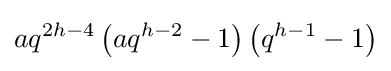
aq^{2h-4}\left(aq^{h-2}-1\right)\left(q^{h-1}-1\right)